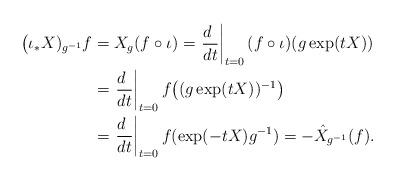
LaTeX: \begin{align*}\bigl(\iota_*X)_{g^{-1}}f&=X_g(f\circ \iota) =\left.\frac{d\ }{dt}\right|_{t=0}(f\circ\iota)(g\exp(tX))\\ &=\left.\frac{d\ }{dt}\right|_{t=0}f\bigl((g\exp(tX))^{-1}\bigr)\\ &=\left.\frac{d\ }{dt}\right|_{t=0}f(\exp(-tX)g^{-1})=-\hat X_{g^{-1}}(f).\end{align*}